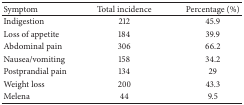
<table><thead><tr><td><b>Symptom</b></td><td><b>Total incidence</b></td><td><b>Percentage (%)</b></td></tr></thead><tbody><tr><td>Indigestion</td><td>212</td><td>45.9</td></tr><tr><td>Loss of appetite</td><td>184</td><td>39.9</td></tr><tr><td>Abdominal pain</td><td>306</td><td>66.2</td></tr><tr><td>Nausea/vomiting</td><td>158</td><td>34.2</td></tr><tr><td>Postprandial pain</td><td>134</td><td>29</td></tr><tr><td>Weight loss</td><td>200</td><td>43.3</td></tr><tr><td>Melena</td><td>44</td><td>9.5</td></tr></tbody></table>